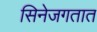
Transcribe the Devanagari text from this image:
सिनेजगतात